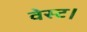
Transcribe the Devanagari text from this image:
वेस्ट।